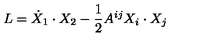
L = \dot { X } _ { 1 } \cdot X _ { 2 } - \frac { 1 } { 2 } A ^ { i j } X _ { i } \cdot X _ { j }